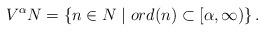
LaTeX: \begin{align*}V^{\alpha} N = \{n \in N \mid ord(n) \subset [\alpha, \infty)\}\, .\end{align*}